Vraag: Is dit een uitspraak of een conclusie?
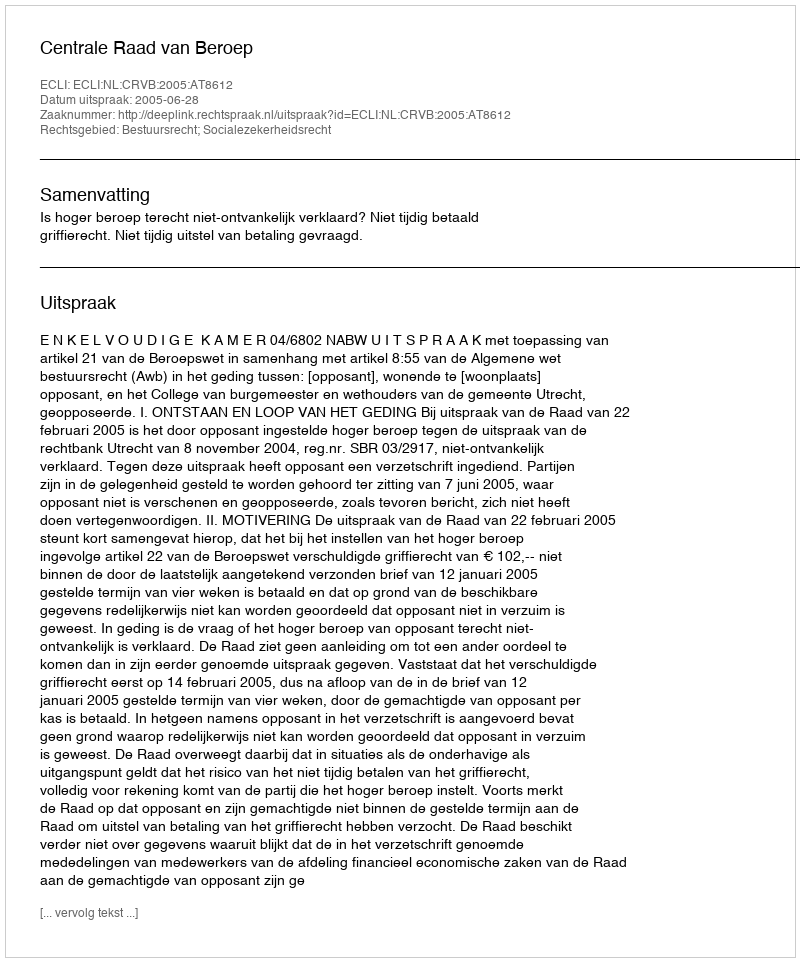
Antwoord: Uitspraak